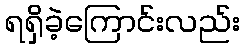
ရရှိခဲ့ကြောင်းလည်း